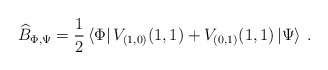
\begin{align*}\widehat{B}_{\Phi ,\Psi }=\displaystyle\frac{1}{2}\left\langle \Phi \right| V_{(1,0)}(1,1)+V_{(0,1)}(1,1)\left| \Psi \right\rangle \: .\end{align*}